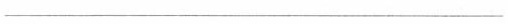
___